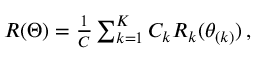
\begin{array} { r } { \boldsymbol { R } ( \Theta ) = \frac { 1 } { C } \sum _ { k = 1 } ^ { K } C _ { k } R _ { k } ( \theta _ { ( k ) } ) \, , } \end{array}